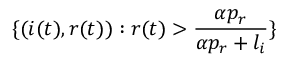
\{ ( i ( t ) , r ( t ) ) : r ( t ) > \frac { \alpha p _ { r } } { \alpha p _ { r } + l _ { i } } \}